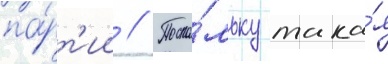
па́рт'ии // Поско́льку така́я